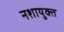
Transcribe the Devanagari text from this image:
नशायुक्त